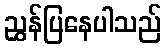
ညွှန်ပြနေပါသည်